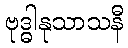
ဗုဒ္ဓါနုသာသနီ